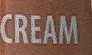
CREAM